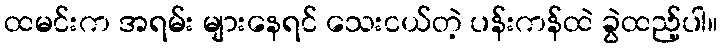
ထမင်းက အရမ်း များနေရင် သေးငယ်တဲ့ ပန်းကန်ထဲ ခွဲထည့်ပါ။